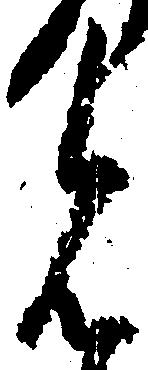
見